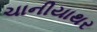
ચાનીયાથર